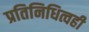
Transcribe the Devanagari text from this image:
प्रतिनिधित्वही